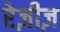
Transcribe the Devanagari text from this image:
रेज़ीज़